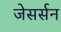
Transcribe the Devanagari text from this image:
जेसर्सन